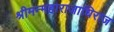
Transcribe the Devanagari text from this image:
श्रीमन्महाराजाधिराज